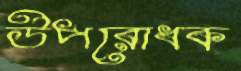
উপরোধক